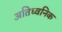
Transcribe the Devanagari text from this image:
अतिध्वनिक